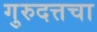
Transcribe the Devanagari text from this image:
गुरुदत्तचा